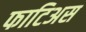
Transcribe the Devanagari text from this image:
फाटिअस